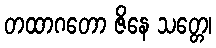
တထာဂတော ဇိနေ သတ္တေ၊